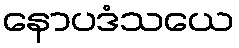
နောပဒံသယေ